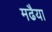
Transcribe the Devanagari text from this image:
मढैया